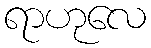
ရာဟုလေ